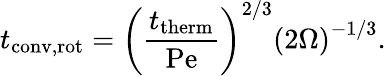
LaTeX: t_{\mathrm{conv,rot}}=\left({\frac{t_{\mathrm{therm}}}{\mathrm{Pe}}}\right)^{2/3}\left(2\Omega\right)^{-1/3}.